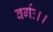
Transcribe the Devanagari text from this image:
वर्गः।।